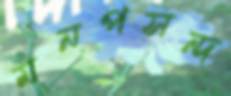
মনপসন্দ